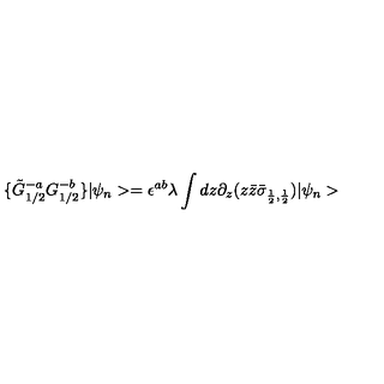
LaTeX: \{ \tilde { G } _ { 1 / 2 } ^ { - a } { G } _ { 1 / 2 } ^ { - b } \} | \psi _ { n } > = \epsilon ^ { a b } \lambda \int d z \partial _ { z } ( z \bar { z } \bar { \sigma } _ { \frac { 1 } { 2 } , \frac { 1 } { 2 } } ) | \psi _ { n } >